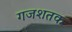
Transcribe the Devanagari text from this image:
गजशतक